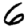
Digit: 6